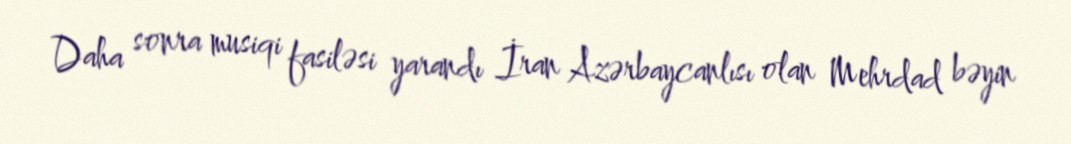
Daha sonra musiqi fasiləsi yarandı İran Azərbaycanlısı olan Mehrdad bəyin